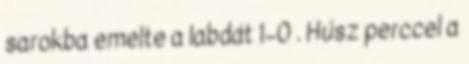
sarokba emelte a labdát 1–0 . Húsz perccel a